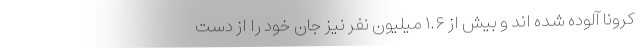
کرونا آلوده شده اند و بیش از ۱.۶ میلیون نفر نیز جان خود را از دست